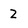
Character: 2